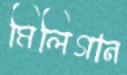
মিলিগান